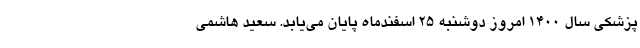
پزشکی سال ۱۴۰۰ امروز دوشنبه ۲۵ اسفندماه پایان می‌یابد. سعید هاشمی